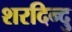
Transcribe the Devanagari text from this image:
शरदिन्दु